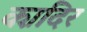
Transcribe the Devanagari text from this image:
का़दिर